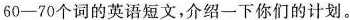
60-70个词的英语短文，介绍一下你们的计划。